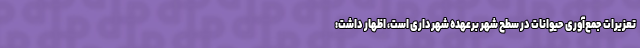
تعزیرات جمع‌آوری حیوانات در سطح شهر برعهده شهرداری است، اظهار داشت: